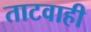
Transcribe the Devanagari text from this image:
ताटवाही